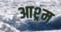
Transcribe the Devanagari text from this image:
आश्र्म